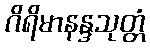
ဂိရိမာနန္ဒသုတ္တံ